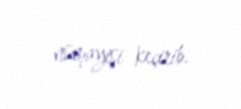
nümayişi keçirib.